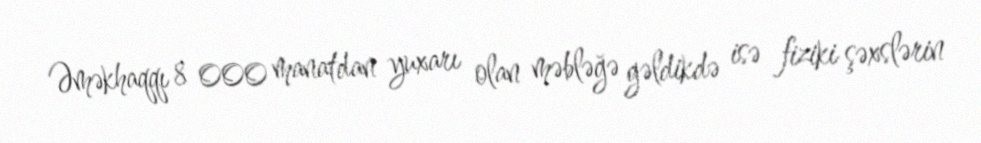
Əməkhaqqı 8 000 manatdan yuxarı olan məbləğə gəldikdə isə fiziki şəxslərin